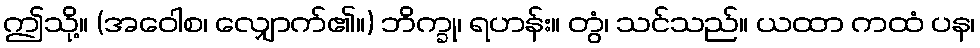
ဤသို့။ (အဝေါစ၊ လျှောက်၏။) ဘိက္ခု၊ ရဟန်း။ တွံ၊ သင်သည်။ ယထာ ကထံ ပန၊